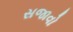
સજાવો